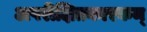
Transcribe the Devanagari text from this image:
अपरीक्षितकारकम्